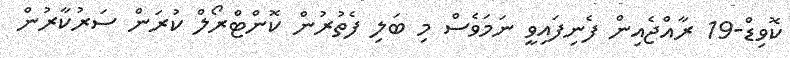
ކޮވިޑް-19 ރާއްޖެއިން ފެނިފައިވީ ނަމަވެސް މި ބަލި ފެތުރުން ކޮންޓްރޯލް ކުރަން ސަރުކާރުން